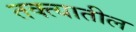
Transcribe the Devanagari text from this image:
तक्त्यातील